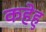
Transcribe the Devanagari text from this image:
कहेहु